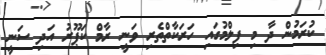
ކުރަމުން ދާ މި ފިލްމުގައި ހަރަކާތްތެރި ވަނީ ރާމް ކަޕޫރު އަދި ސަނީ